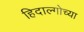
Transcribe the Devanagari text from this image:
हिदाल्गोच्या